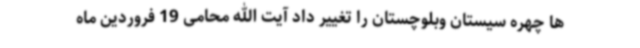
ها چهره سیستان وبلوچستان را تغییر داد آیت الله محامی 19 فروردین ماه